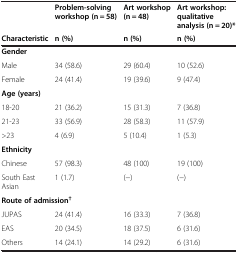
<table><thead><tr><td></td><td><b>Problem-solving workshop (n = 58)</b></td><td><b>Art workshop (n = 48)</b></td><td><b>Art workshop: qualitative analysis (n = 20)*</b></td></tr><tr><td><b>Characteristic</b></td><td><b>n (%)</b></td><td><b>n (%)</b></td><td><b>n (%)</b></td></tr></thead><tbody><tr><td><b>Gender</b></td><td></td><td></td><td></td></tr><tr><td>Male</td><td>34 (58.6)</td><td>29 (60.4)</td><td>10 (52.6)</td></tr><tr><td>Female</td><td>24 (41.4)</td><td>19 (39.6)</td><td>9 (47.4)</td></tr><tr><td><b>Age (years)</b></td><td></td><td></td><td></td></tr><tr><td>18-20</td><td>21 (36.2)</td><td>15 (31.3)</td><td>7 (36.8)</td></tr><tr><td>21-23</td><td>33 (56.9)</td><td>28 (58.3)</td><td>11 (57.9)</td></tr><tr><td>&gt;23</td><td>4 (6.9)</td><td>5 (10.4)</td><td>1 (5.3)</td></tr><tr><td><b>Ethnicity</b></td><td></td><td></td><td></td></tr><tr><td>Chinese</td><td>57 (98.3)</td><td>48 (100)</td><td>19 (100)</td></tr><tr><td>South East Asian</td><td>1 (1.7)</td><td>(−)</td><td>(−)</td></tr><tr><td colspan="2"><b>Route of admission</b><sup><b>†</b></sup></td><td></td><td></td></tr><tr><td>JUPAS</td><td>24 (41.4)</td><td>16 (33.3)</td><td>7 (36.8)</td></tr><tr><td>EAS</td><td>20 (34.5)</td><td>18 (37.5)</td><td>6 (31.6)</td></tr><tr><td>Others</td><td>14 (24.1)</td><td>14 (29.2)</td><td>6 (31.6)</td></tr></tbody></table>